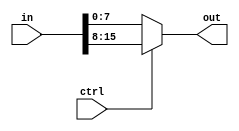
module mux(ctrl, in, out);
   parameter SIZE_CTRL = 1;//nombre de sortie = 2^SIZE_CTRL
   parameter WIRE = 8;//taille des sorties

   localparam	  WAY = 2 ** SIZE_CTRL;
   localparam	  SIZE_IN = WAY * WIRE;

   input [SIZE_IN - 1:0] in;
   input [SIZE_CTRL-1:0]	 ctrl;

   output [WIRE-1:0]	 out;

   if (SIZE_CTRL == 1)
     assign out = ctrl ? in[2 * WIRE - 1 : WIRE] : in[WIRE - 1 : 0];
   else
     begin
	wire [WIRE-1:0]out1, out2;

	assign out = ctrl[SIZE_CTRL - 1] ? out2 : out1;
	mux #(.SIZE_CTRL(SIZE_CTRL - 1), .WIRE(WIRE)) mux1(.ctrl(ctrl[SIZE_CTRL - 2:0]),
					       .in(in[(2 ** (SIZE_CTRL - 1)) * WIRE - 1:0]),
					       .out(out1));

	mux #(.SIZE_CTRL(SIZE_CTRL - 1), .WIRE(WIRE)) mux2(.ctrl(ctrl[SIZE_CTRL - 2:0]),
					       .in(in[(2 ** SIZE_CTRL) * WIRE - 1:(2 ** (SIZE_CTRL - 1)) * WIRE]),
					       .out(out2));
     end
endmodule